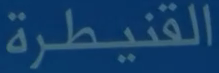
القنيطرة